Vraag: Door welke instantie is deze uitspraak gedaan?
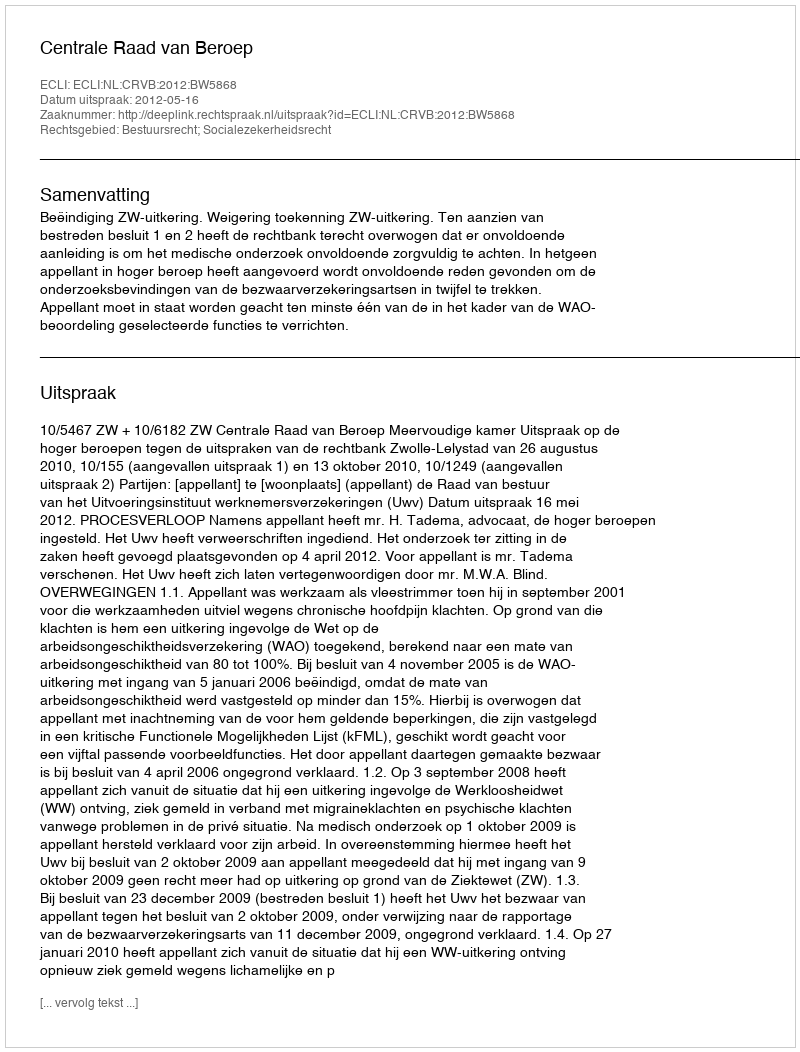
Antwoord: Centrale Raad van Beroep